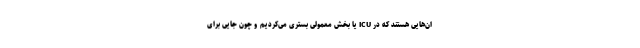
ان‌هایی هستند که در ICU یا بخش معمولی بستری می‌کردیم و چون جایی برای